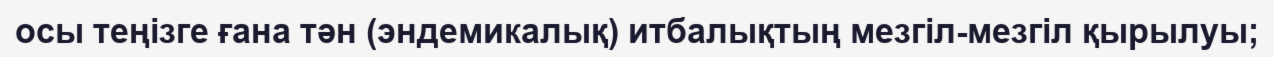
осы теңізге ғана тән (эндемикалық) итбалықтың мезгіл-мезгіл қырылуы;